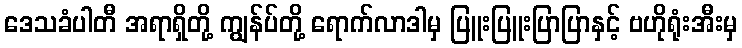
ဒေသခံပါတီ အရာရှိတို့ ကျွန်ပ်တို့ ရောက်လာဒါမှ ပြူးပြူးပြာပြာနှင့် ဗဟိုရုံးအီးမှ